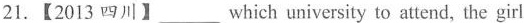
21.【2013 四川】___ which university to attend, the girl